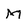
Character: M